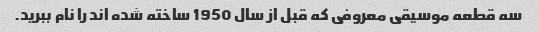
سه قطعه موسیقی معروفی که قبل از سال 1950 ساخته شده اند را نام ببرید.